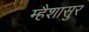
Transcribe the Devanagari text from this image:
म्हैशासुर